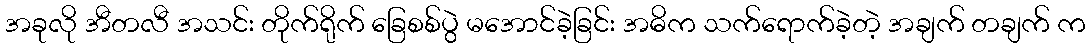
အခုလို အီတလီ အသင်း တိုက်ရိုက် ခြေစစ်ပွဲ မအောင်ခဲ့ခြင်း အဓိက သက်ရောက်ခဲ့တဲ့ အချက် တချက် က